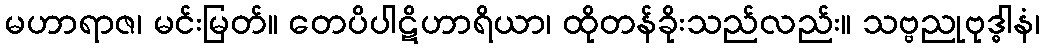
မဟာရာဇ၊ မင်းမြတ်။ တေပိပါဋိဟာရိယာ၊ ထိုတန်ခိုးသည်လည်း။ သဗ္ဗညုဗုဒ္ဓါနံ၊